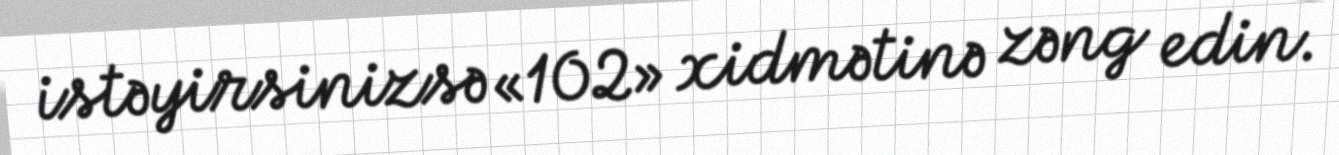
istəyirsinizsə «102» xidmətinə zəng edin.